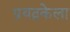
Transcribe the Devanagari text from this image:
प्रयत्नकेला